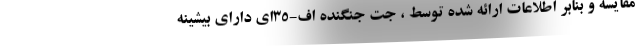
مقایسه و بنابر اطلاعات ارائه شده توسط ، جت جنگنده اف-35ای دارای بیشینه